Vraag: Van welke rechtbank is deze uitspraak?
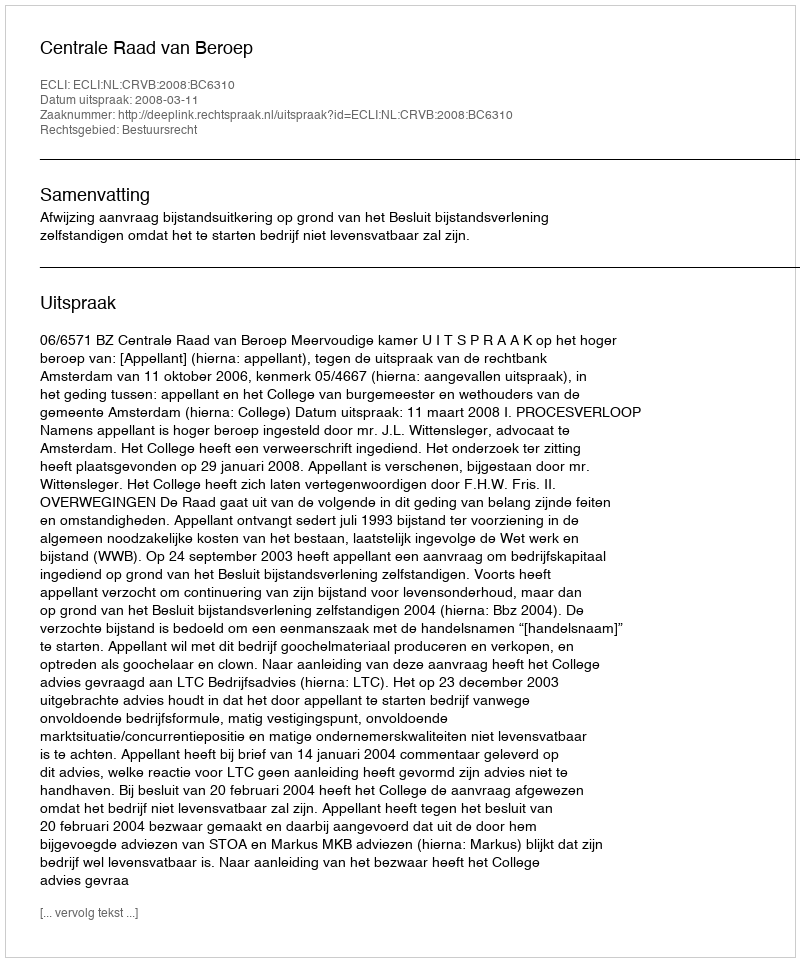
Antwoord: Centrale Raad van Beroep